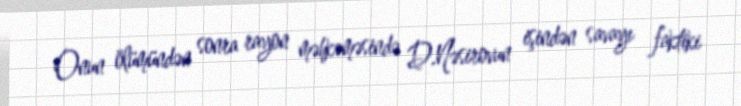
Onun ölümündən sonra rayon məhkəməsində D.Nəsirovun işindən savayı faktiki